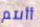
أأنتم